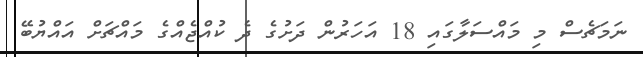
ނަމަޗެސް މި މައްސަލާގައި 18 އަހަރުން ދަށުގެ ދެ ކުއްޖެއްގެ މައްޗަށް އައްޔުބޭ